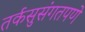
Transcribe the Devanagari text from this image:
तर्कसुसंगतपणे